38_143685_box_Incident_Summaries_101-172
Agency: Department of War
Page 57
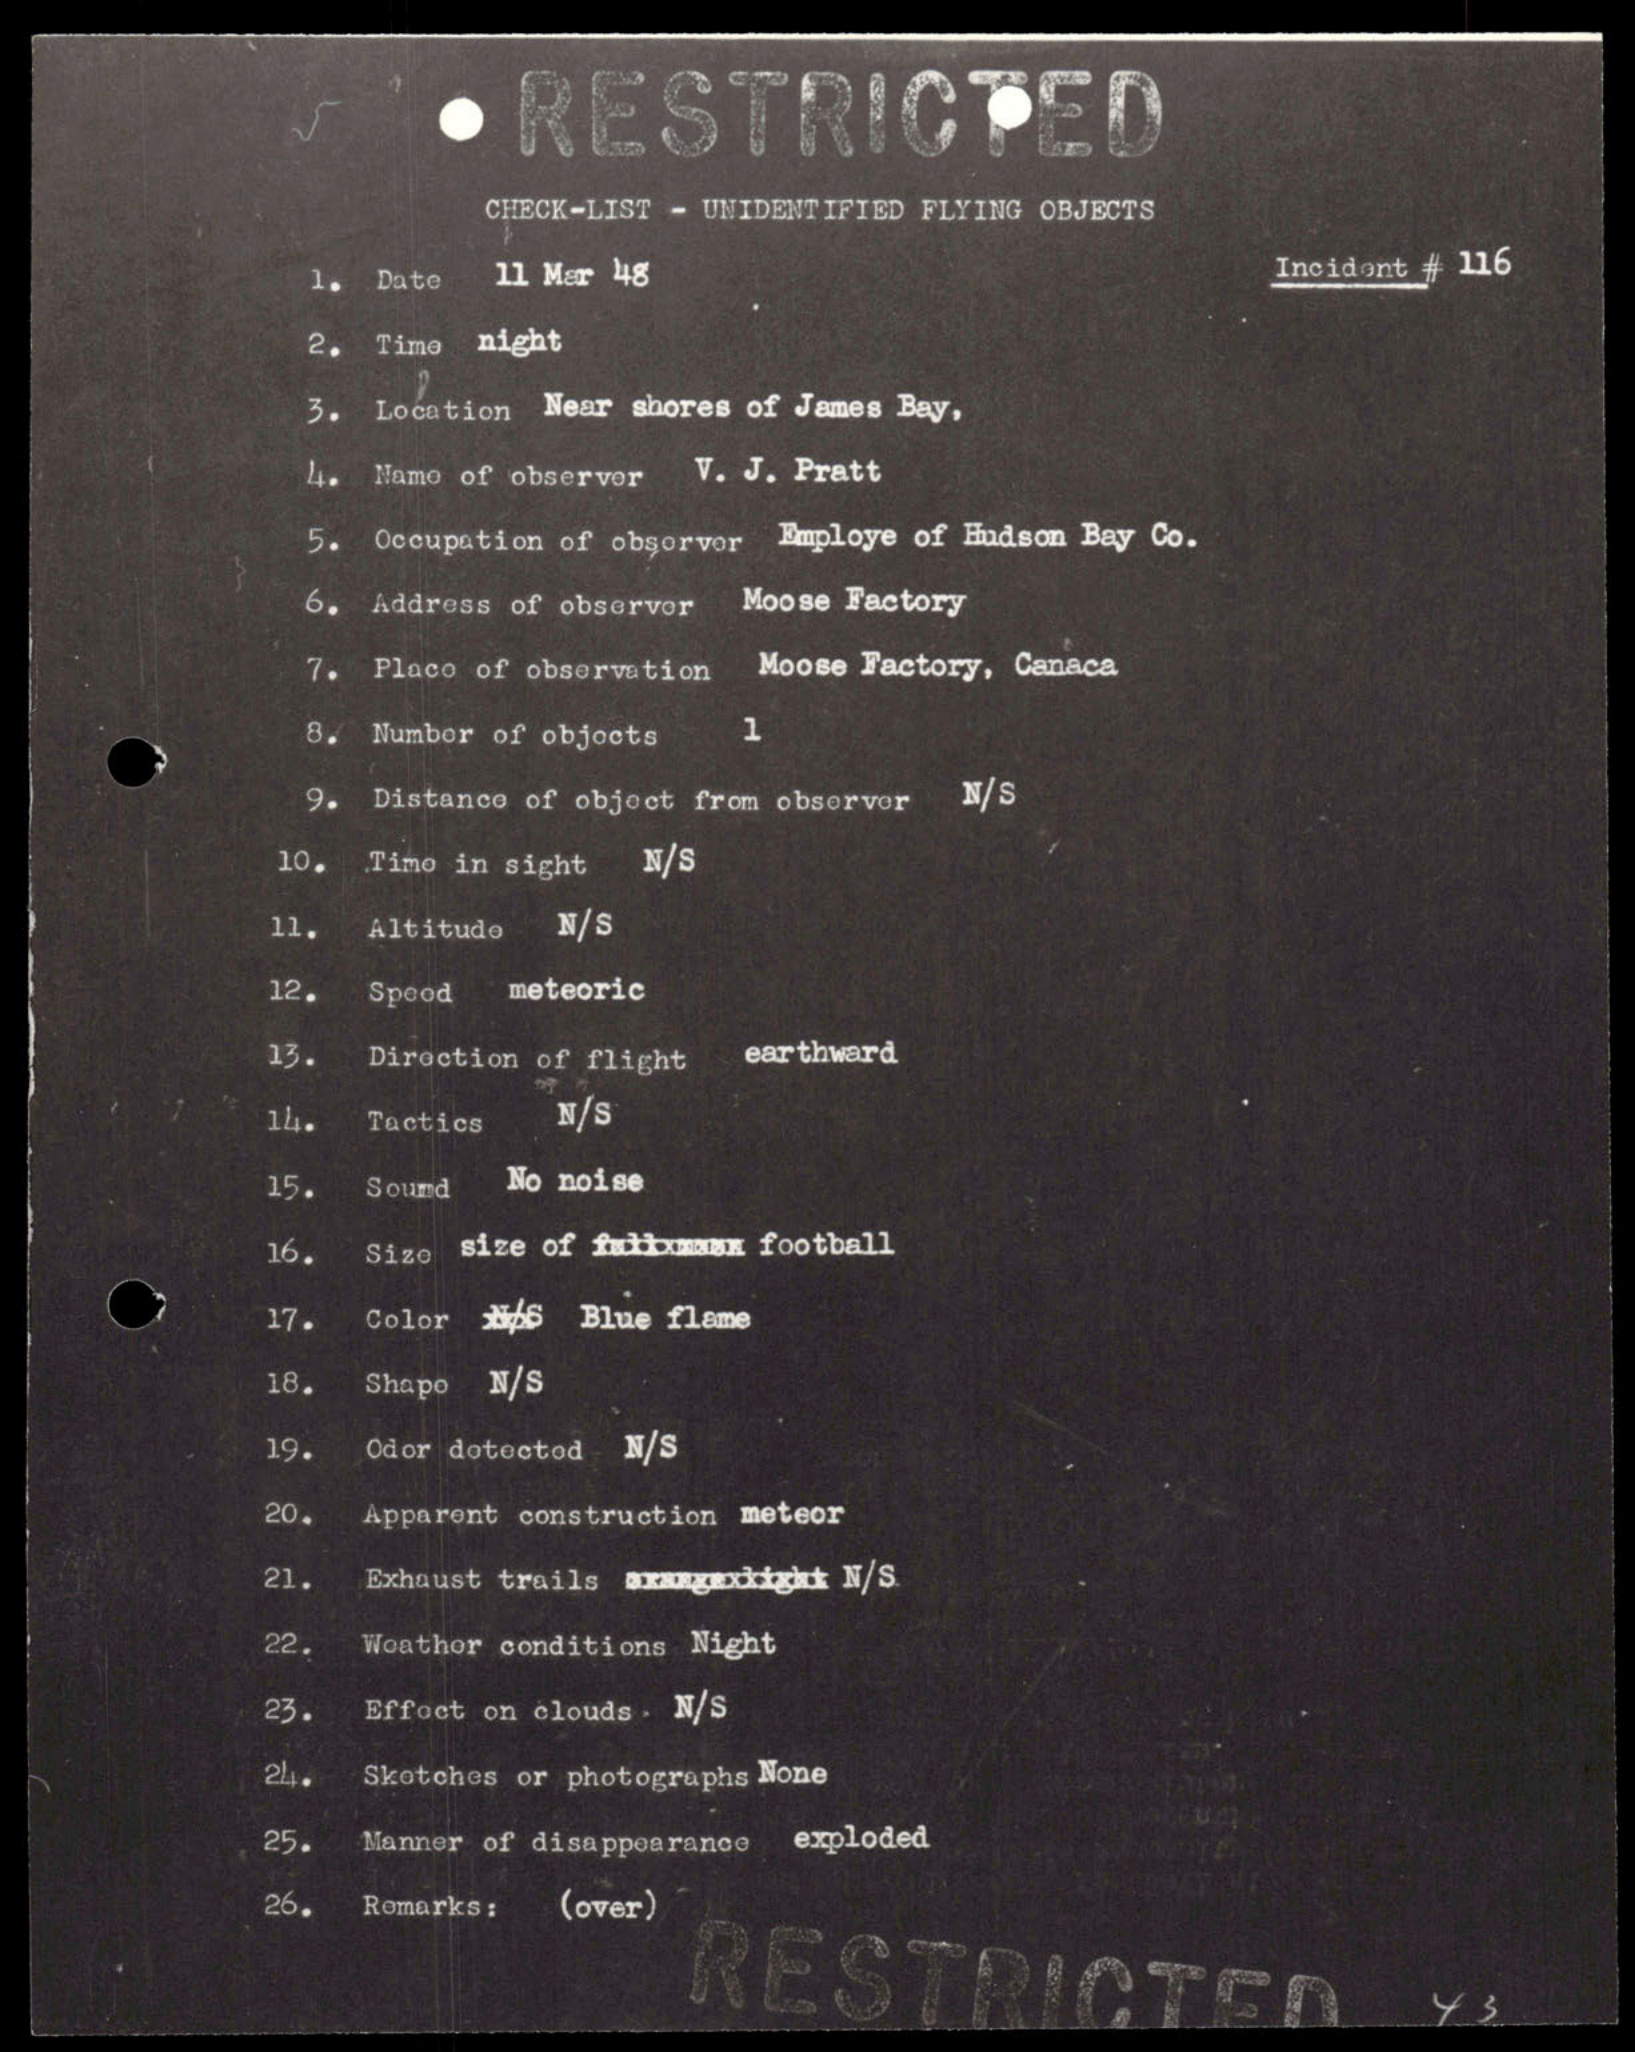